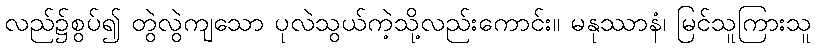
လည်၌စွပ်၍ တွဲလွဲကျသော ပုလဲသွယ်ကဲ့သို့လည်းကောင်း။ မနုဿာနံ၊ မြင်သူကြားသူ